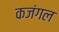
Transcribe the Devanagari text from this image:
कजंगल